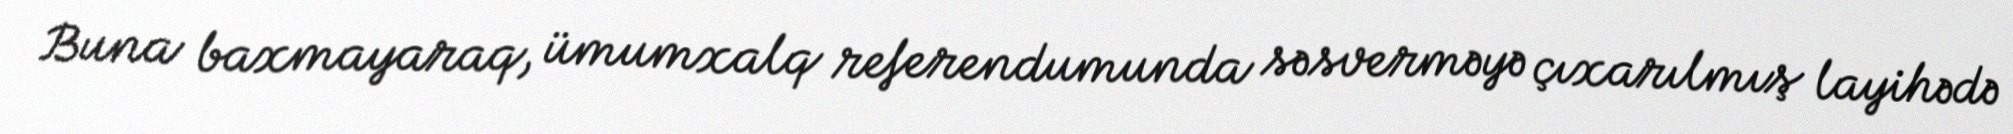
Buna baxmayaraq, ümumxalq referendumunda səsverməyə çıxarılmış layihədə